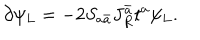
LaTeX: \partial \psi _ { L } = - 2 S _ { a \bar { a } } J _ { R } ^ { \bar { a } } t ^ { a } \psi _ { L } .